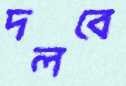
দলবে